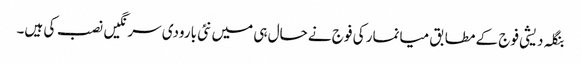
بنگلہ دیشی فوج کے مطابق میانمار کی فوج نے حال ہی میں نئی بارودی سرنگیں نصب کی ہیں۔